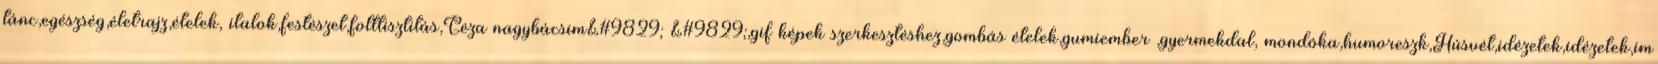
tánc,egészség,életrajz,ételek, italok,festészet,folttisztitás,Géza nagybácsim&#9829; &#9829;,gif képek szerkesztéshez,gombás ételek,gumiember ,gyermekdal, mondóka,humoreszk,Húsvét,idézetek,idézetek,im